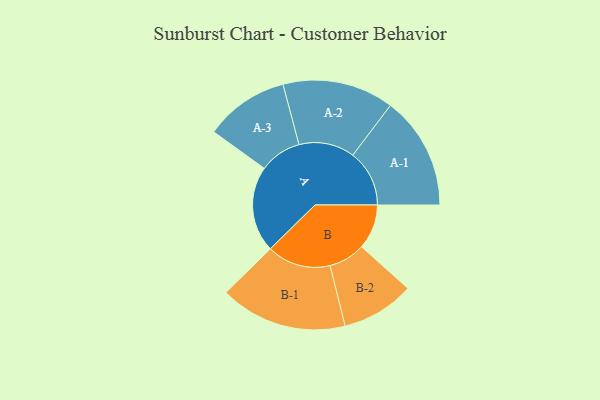
{"axis": {"x": "Segment", "y": "Value"}, "legend": ["", "A", "B"], "data": [{"x": "A", "y": 278, "type": ""}, {"x": "B", "y": 145, "type": ""}, {"x": "A-1", "y": 183, "type": "A"}, {"x": "A-2", "y": 180, "type": "A"}, {"x": "A-3", "y": 136, "type": "A"}, {"x": "B-1", "y": 206, "type": "B"}, {"x": "B-2", "y": 118, "type": "B"}]}